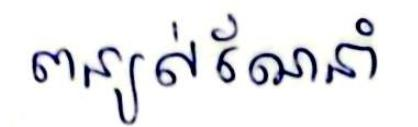
បន្យល់ណែនាំ